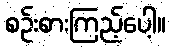
စဉ်းစားကြည့်ပေါ့။